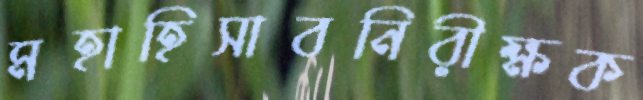
মহাহিসাবনিরীক্ষক